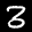
Label: 3